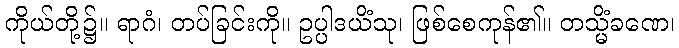
ကိုယ်တို့၌။ ရာဂံ၊ တပ်ခြင်းကို။ ဥပ္ပါဒယိံသု၊ ဖြစ်စေကုန်၏။ တသ္မိံခဏေ၊